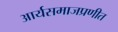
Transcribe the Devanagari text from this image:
आर्यसमाजप्रणीत